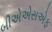
બીએએસએફ